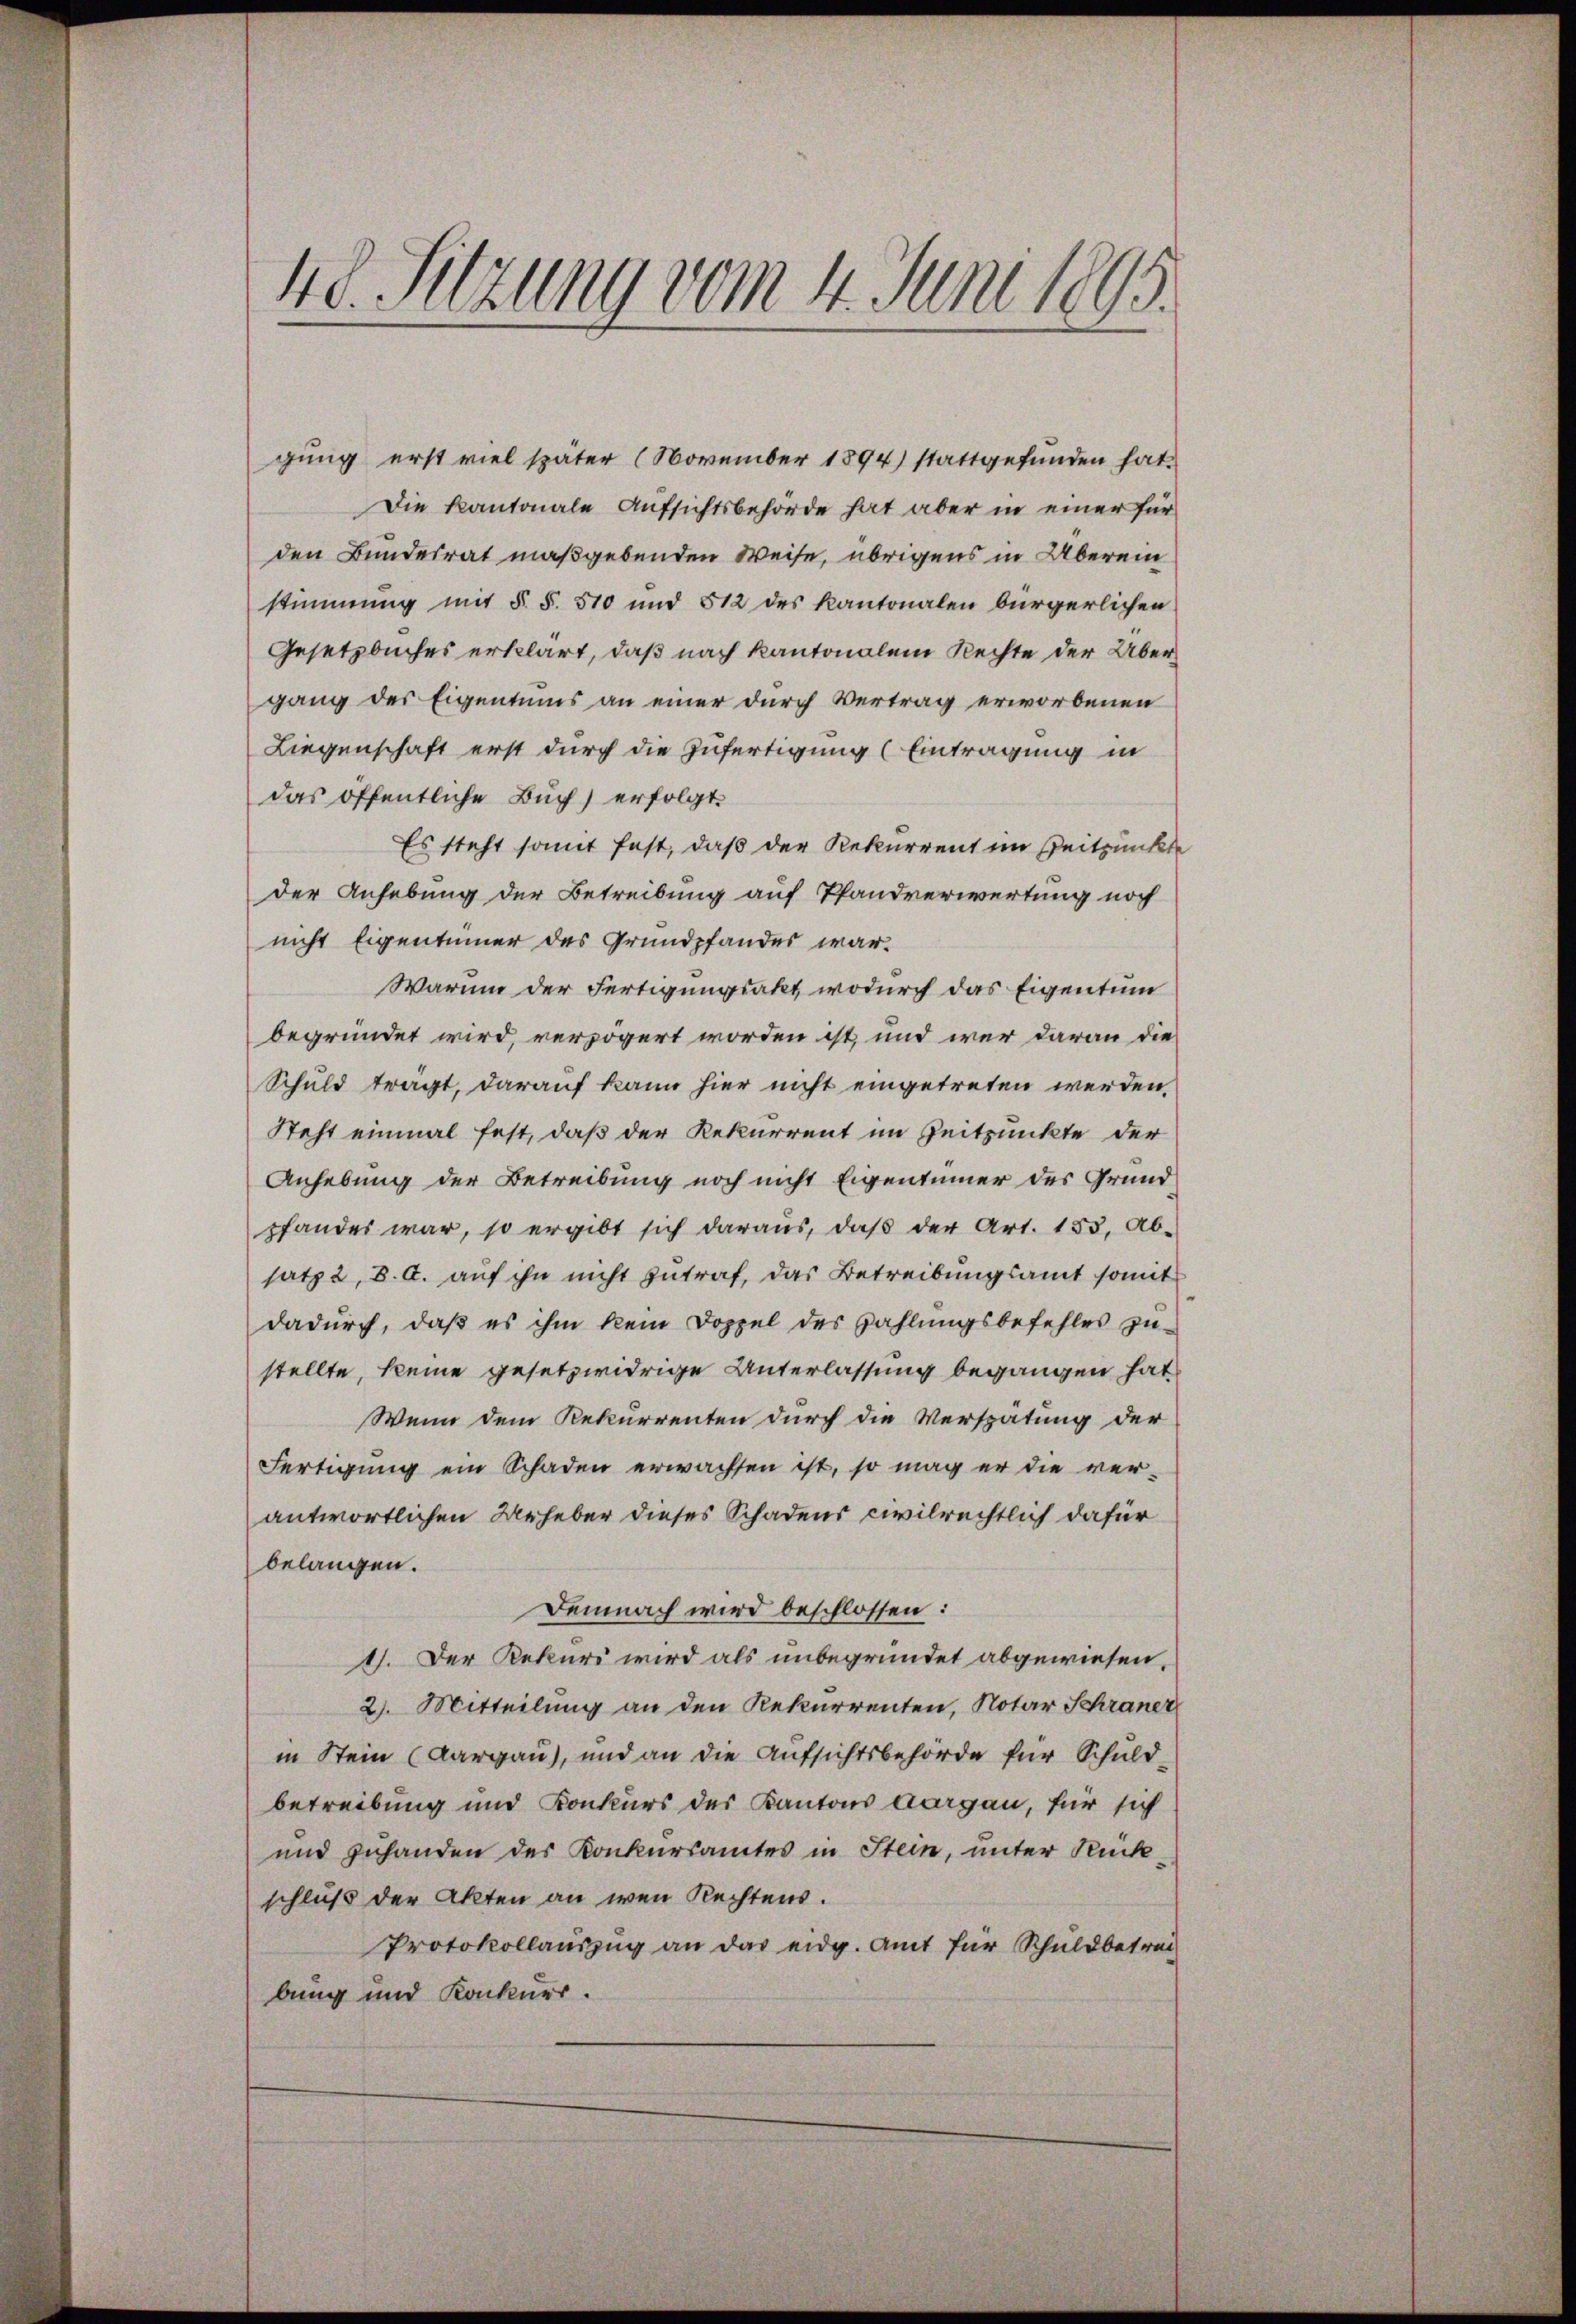
418. Sitzung vom 4. Juni 1895.

gung erst viel später (November 1894) stattgefunden hat.
Die Kantonale Aufsichtsbehörde hat aber in einer für
den Bundesrat maßgebenden Weise, übrigens in Überein
stimmung mit §. §. 510 und 512 des Kantonalen bürgerlichen
Gesetzbuches erklärt, daß nach kantonalem Rechte der Übergang des Eigentums an einer durch Vertrag erworbenen
Liegenschaft erst durch die Zufertigung (Eintragung in
das öffentliche Buch) erfolgt.
Es steht somit fest, daß der Rekurrent im Zeitpunkt
der Anhebung der Betreibung auf Pfandverwertung noch
nicht Eigentümer des Grundpfandes war¬
Warum der Fertigungsakt, wodurch das Eigentum
begründet wird, verzögert worden ist, und wer daran die
Schuld trägt, darauf kann hier nicht eingetreten werden,
Steht einmal fest, daß der Rekurrent im Zeitpunkte der
Anhebung der Betreibung noch nicht Eigentümer des Grund
pfandes war, so ergibt sich daraus, daß der Art. 153, Ab-
satz 2, 8. A. auf ihn nicht zutraf, das Betreibungsamt somit
dadurch, daß es ihm kein Doppel des Zahlungsbefehles zu
stellte, keine gesetzwidrige Unterlassung begangen hat
Wenn dem Rekurrenten durch die Verspätung der
Fertigung ein Schaden erwachsen ist, so mag er die ver-
antwortlichen Urheber dieses Schadens civilrechtlich dafür
belangen.
Demnach wird beschlossen:
1). Der Rekurs wird als unbegründet abgewiesen.
2. Mitteilung an den Rekurrenten, Notar Schraner
in Stein (Aargau), und an die Aufsichtsbehörde für Schuld-
betreibung und Konkurs des Kantons Aargau, für sich
und zuhanden des Konkursamtes in Stein, unter Rückschluß der Akten an wen Rechtens.
Protokollaŭszŭg an das eidg. Amt für Schuldbetrei-
bung und Konkurs.